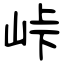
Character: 峠